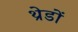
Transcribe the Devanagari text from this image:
थ्रेडों